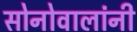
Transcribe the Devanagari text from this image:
सोनोवालांनी